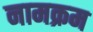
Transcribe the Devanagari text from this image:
नामक्रम